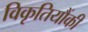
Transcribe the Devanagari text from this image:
विकृतियौंकी